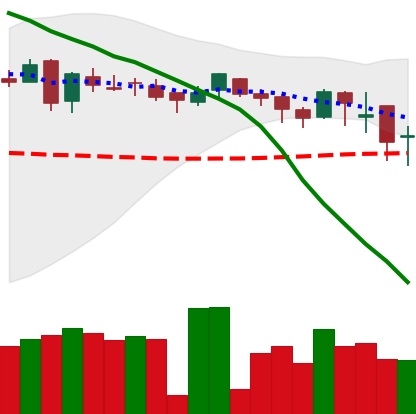
Ticker: DOGE-USD
Chart end date: 2018-05-12
Forward return: -6.372%
Label: down_5_7